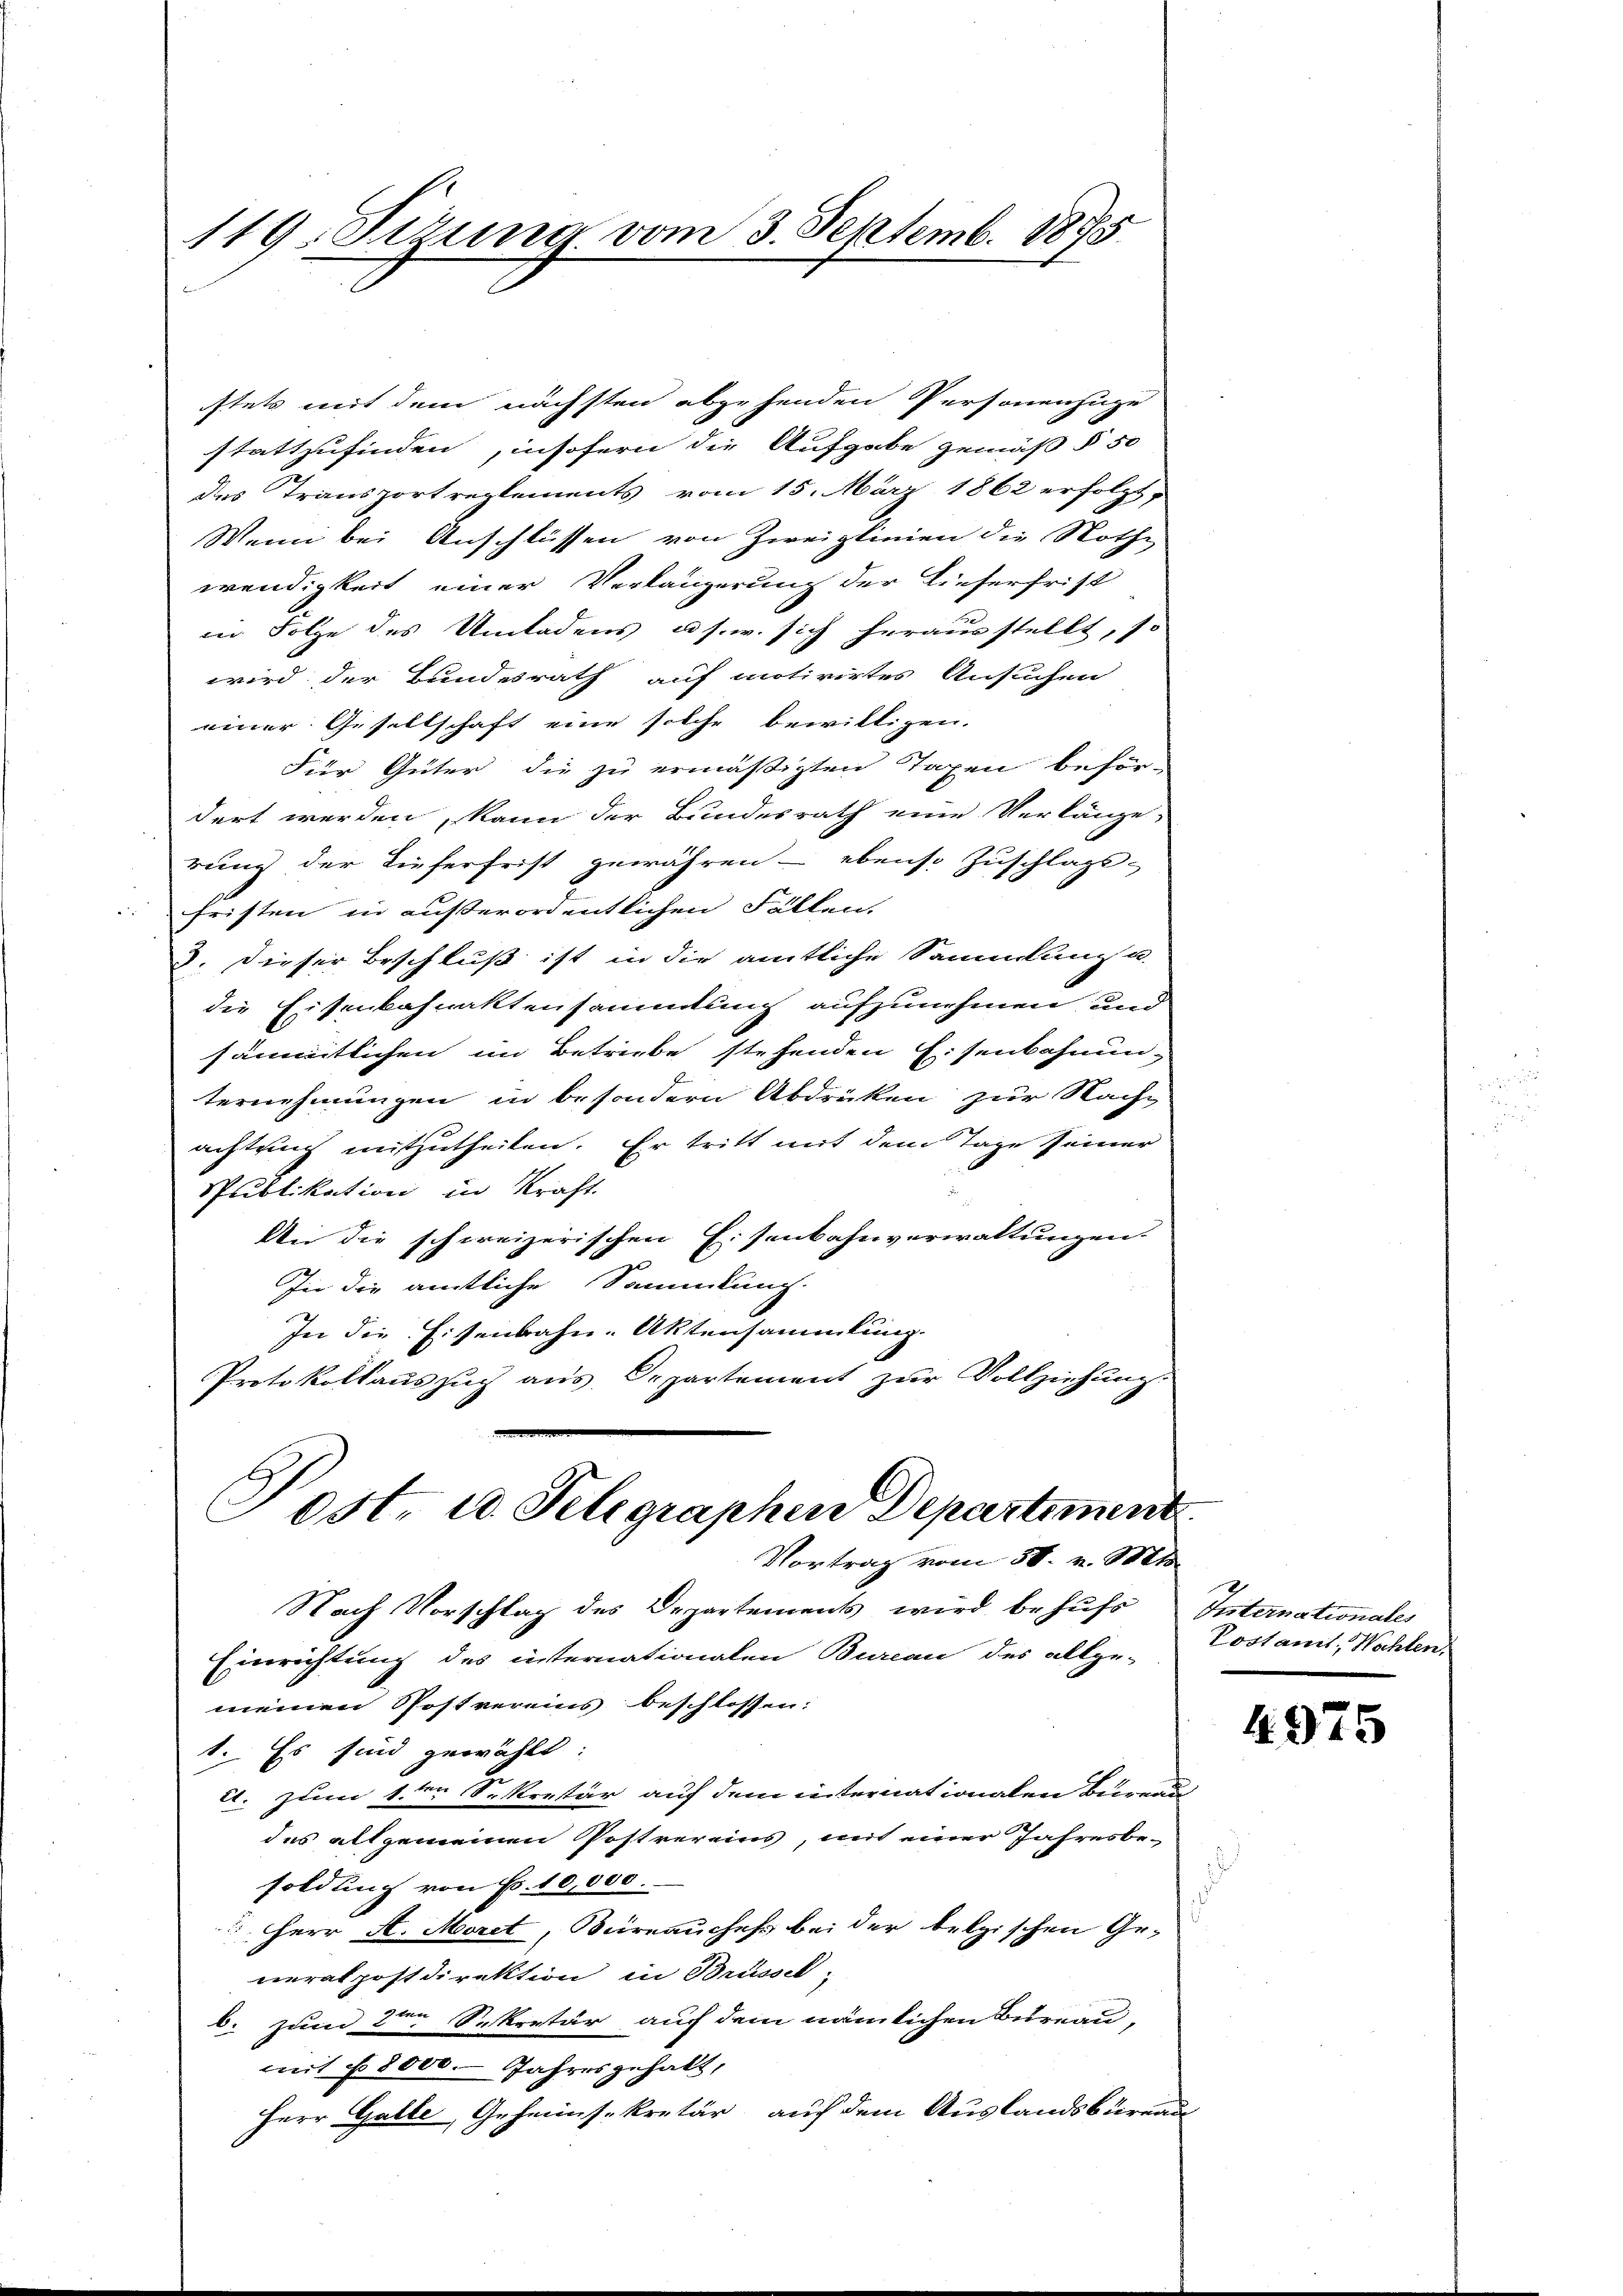
119. Sizung vom 3. Septemb. 1875

stets mit dem nächsten abgehenden Personenzuge
stattzufinden, insofern die Aufgabe gemäß § 50
des Transportreglements vom 15. März 1862 erfolgt,
Wenn bei Anschlüssen von Zweiplinien die Nothe
wendigkeit einer Verlängerung der Lieferfrist
den Folge des Umladens u.s.w. sich herausstellt, so
wird der Bundesrath auf motivirtes Ansuchen
einer Gesellschaft eine solche bewilligen.
Für Güter die zu ermäßigten Taxen befördert werden, kann der Bundesrath eine Verlänge-
rung der Tieferfrist gewähren - ebenso Zuschlags-
fristen in außerordentlichen Fällen.
3. Dieser Beschluß ist in die amtliche Sammlung u.
die Eisenbahnaktensammlung aufzunehmen und
sämmtlichen im Betriebe stehenden Eisenbahnun-
ternehmungen in besondern Abdrüken zur Nache
achtung mitzutheilen. Er tritt mit dem Tage seiner
Spublikation in Kraft.
An die schweizerischen Eisenbahnverwaltungen
In die amtliche Sammlung.
In die Eisenbahn-Aktensammlung.
Protokollaŭszŭg aŭs Cepartement zŭr Vollziehŭng.
Post- u. Telegraphen Departement
Vortrag vom 30. v. Mts.
Nach Vorschlag des Departements wird behufs
Einrichtung des internationalen Bureau des allge-
meinen Postvereins beschlossen:
1. Es sind gewählt:
ct. zum 1ter Sekretär auf dem internationalen Burea
des allgemeinen Postvereins, mit einer Jahresbe-
soldung von Fr. 10,000.
 Herr A. Moret, Bureauches bei der belgischen Generalpostdirektion in Brüssel
b. zum 2ten Sekretär auf dem nämlichen Bureau,
mit f 8000. Jahresgehabt,
Herr Galle, Geheims kretär auf dem Auslandsbüreau

Internationales
Postamt, Wahlen,

4975